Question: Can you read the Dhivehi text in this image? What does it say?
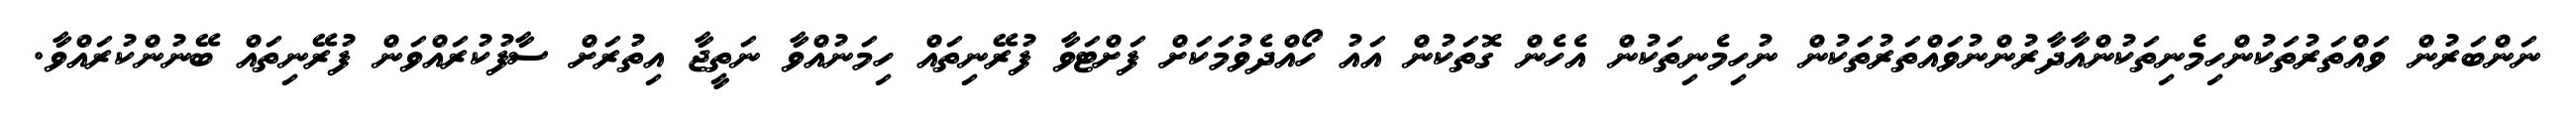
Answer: ނަންބަރުން ވައްތަރުތަކުންހިމެނިތަކުންއާދާރުންނުވައްތަރުތަކުން ނުހިމެނިތަކުން އެހެން ގޮތަކުން އައު ހޯއްދެވުމަކަށް ފަށްޓަވާ ފުރޭނިތައް ހިމަނުއްވާ ނަތީޖާ އިތުރަށް ސާފުކުރައްވަން ފުރޭނިތައް ބޭނުންކުރައްވާ.